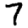
Digit: 7